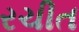
રચીત